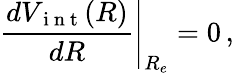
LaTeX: \left.\frac{dV_{\mathrm{~i~n~t~}}(R)}{dR}\right|_{R_{e}}=0\, ,